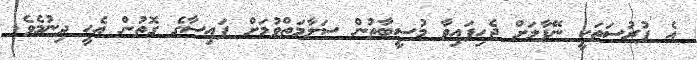
އެ ފުރުސަތަކީ ނޭޕާލަށް ޖެހިފައިވާ މުސީބާތުން ސަލާމަތްވުމަށް ފައިސާގެ ގޮތުން އެހީ ދިނުމެވެ.